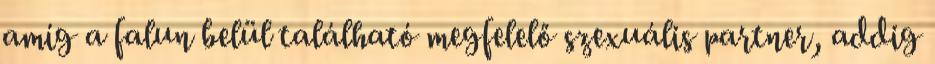
amíg a falun belül található megfelelő szexuális partner, addig